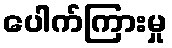
ပေါက်ကြားမှု